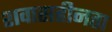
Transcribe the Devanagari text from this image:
शवासहीनता